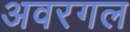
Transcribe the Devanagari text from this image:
अवरगल